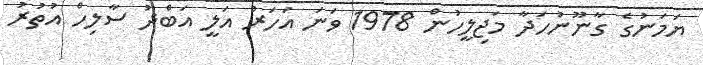
ޔަމަނުގެ ގާނޫނުހަދާ މަޖިލީހުން 1978 ވަނަ އަހަރު އަލީ އަބްދު ސާލިހް އުތުރު